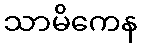
သာမိကေန